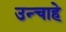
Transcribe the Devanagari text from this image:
उन्चाहे